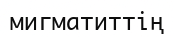
мигматиттің